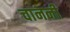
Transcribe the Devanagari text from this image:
चाननी